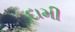
દામી